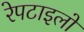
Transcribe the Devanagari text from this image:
रेपटाइलों